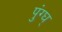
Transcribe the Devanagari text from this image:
पुंग्घ्